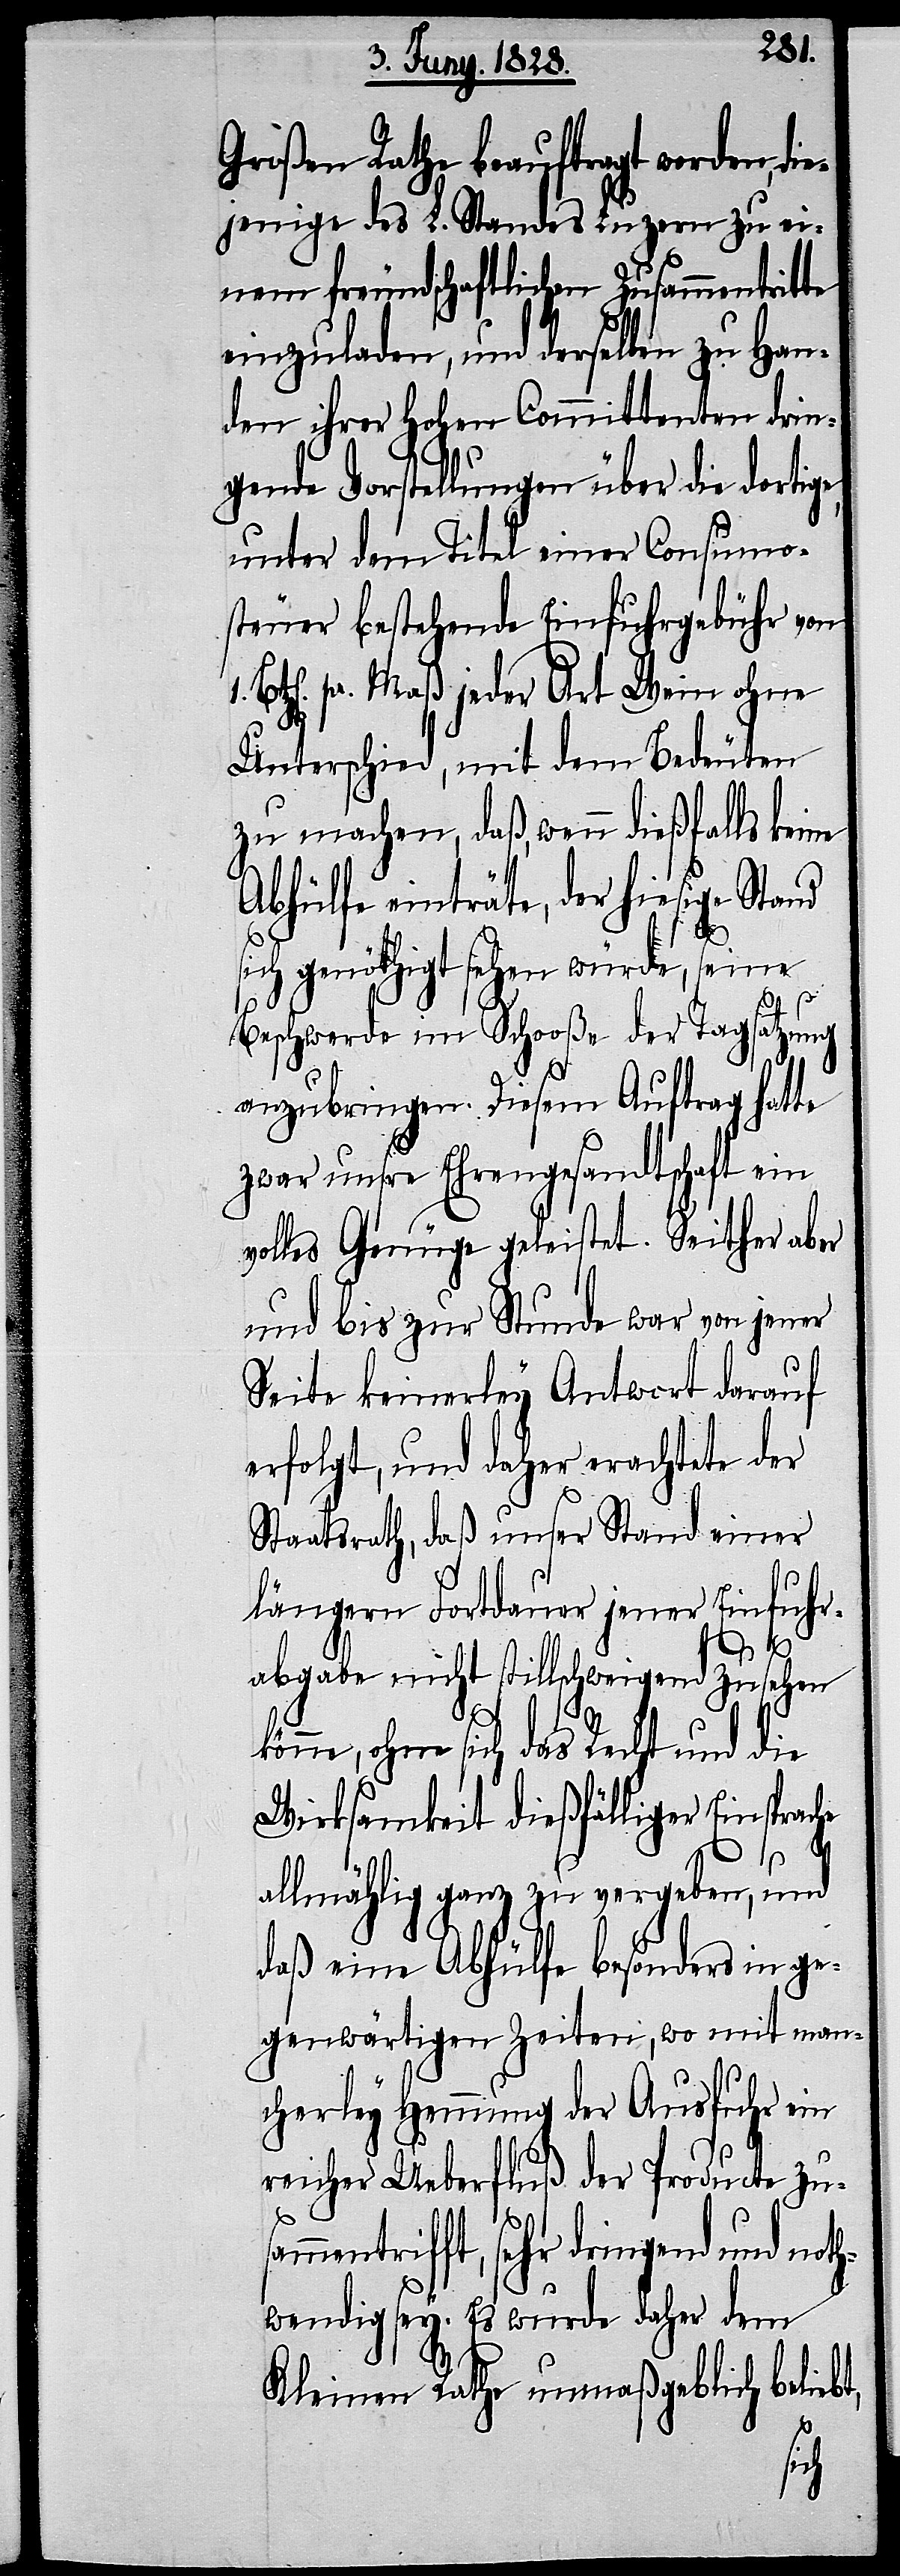
Großen Rathe beauftragt worden, di¬
ejenige des L. Standes Luzern zu ei¬
nem freundschaftlichen Zusammentritte
einzuladen, und derselben zu Han¬
den ihrer Hohen Committenten drin¬
gende Vorstellungen über die dortige,
unter dem Titel einer Consumo¬
steuer bestehende Einfuhrgebühr von
z[en]. pr. Maß jeder Art Wein ohne
Unterschied, mit dem Bedeuten
zu machen, daß, wenn dießfalls keine
Abhülfe einträte, der hiesige Stand
sich genöthigt sehen würde, seine
sam¬
Beschwerde im Schooße der Tagsatzung
anzubringen. Diesem Auftrag hatte
zwar unsre Ehrengesandtschaft ein
volles Genüge geleistet. Seither aber
und bis zur Stunde war von jener
Seite keinerley Antwort darauf
erfolgt, und daher erachtete der
Staatsrath, daß unser Stand einer
längern Fortdauer jener Einfuhr¬
1. Bt¬
abgabe nicht stillschweigend zusehen
könne, ohne sich das Recht und die
Wirksamkeit dießfälliger Einsprac¬
he
allmählig ganz zu vergeben, und
daß eine Abhülfe besonders in ge¬
genwärtigen Zeiten, wo mit man¬
cherley Hemmung der Ausfuhr ein
reicher Ueberfluß der Procducte zu¬
mentrifft, sehr dringend und not¬
hwendig sey. Es wurde daher dem
Kleinen Rathe unmaßgeblich belieb¬
t,